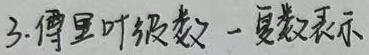
3. 傅里叶级数之复数表示